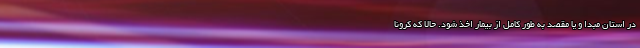
در استان مبدا و یا مقصد به طور کامل از بیمار اخذ شود. حالا که کرونا